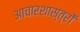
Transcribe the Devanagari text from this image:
आचारशास्त्रों